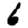
Digit: 6